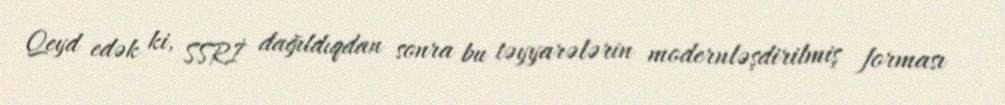
Qeyd edək ki, SSRİ dağıldıqdan sonra bu təyyarələrin modernləşdirilmiş forması